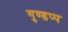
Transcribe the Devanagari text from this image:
गुण्डप्प